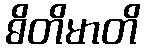
ဓိတိမာတိ